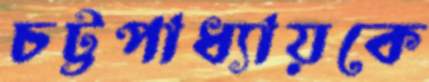
চট্টপাধ্যায়কে